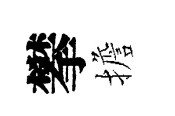
攀擔